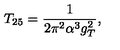
T _ { 2 5 } = \frac { 1 } { 2 \pi ^ { 2 } \alpha ^ { 3 } g _ { T } ^ { 2 } } ,